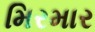
મિરમાર